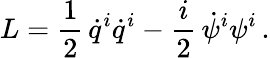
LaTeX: L=\frac{1}{2}\, \dot{q}^{i}\dot{q}^{i}-\frac{i}{2}\, \dot{\psi}^{i}\psi^{i}\, .